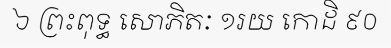
៦ ព្រះពុទ្ធ សោភិតៈ ១រយ កោដិ ៩០